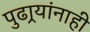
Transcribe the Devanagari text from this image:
पुढार्‍यांनाही